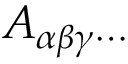
A _ { \alpha \beta \gamma \cdots }